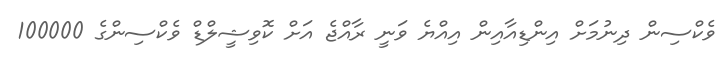
ވެކްސިން ދިނުމަށް އިންޑިއާއިން އިއްޔެ ވަނީ ރާއްޖެ އަށް ކޮވިޝީލްޑް ވެކްސިންގެ 100000